Korgessaare_vallavalitsus, lk 53
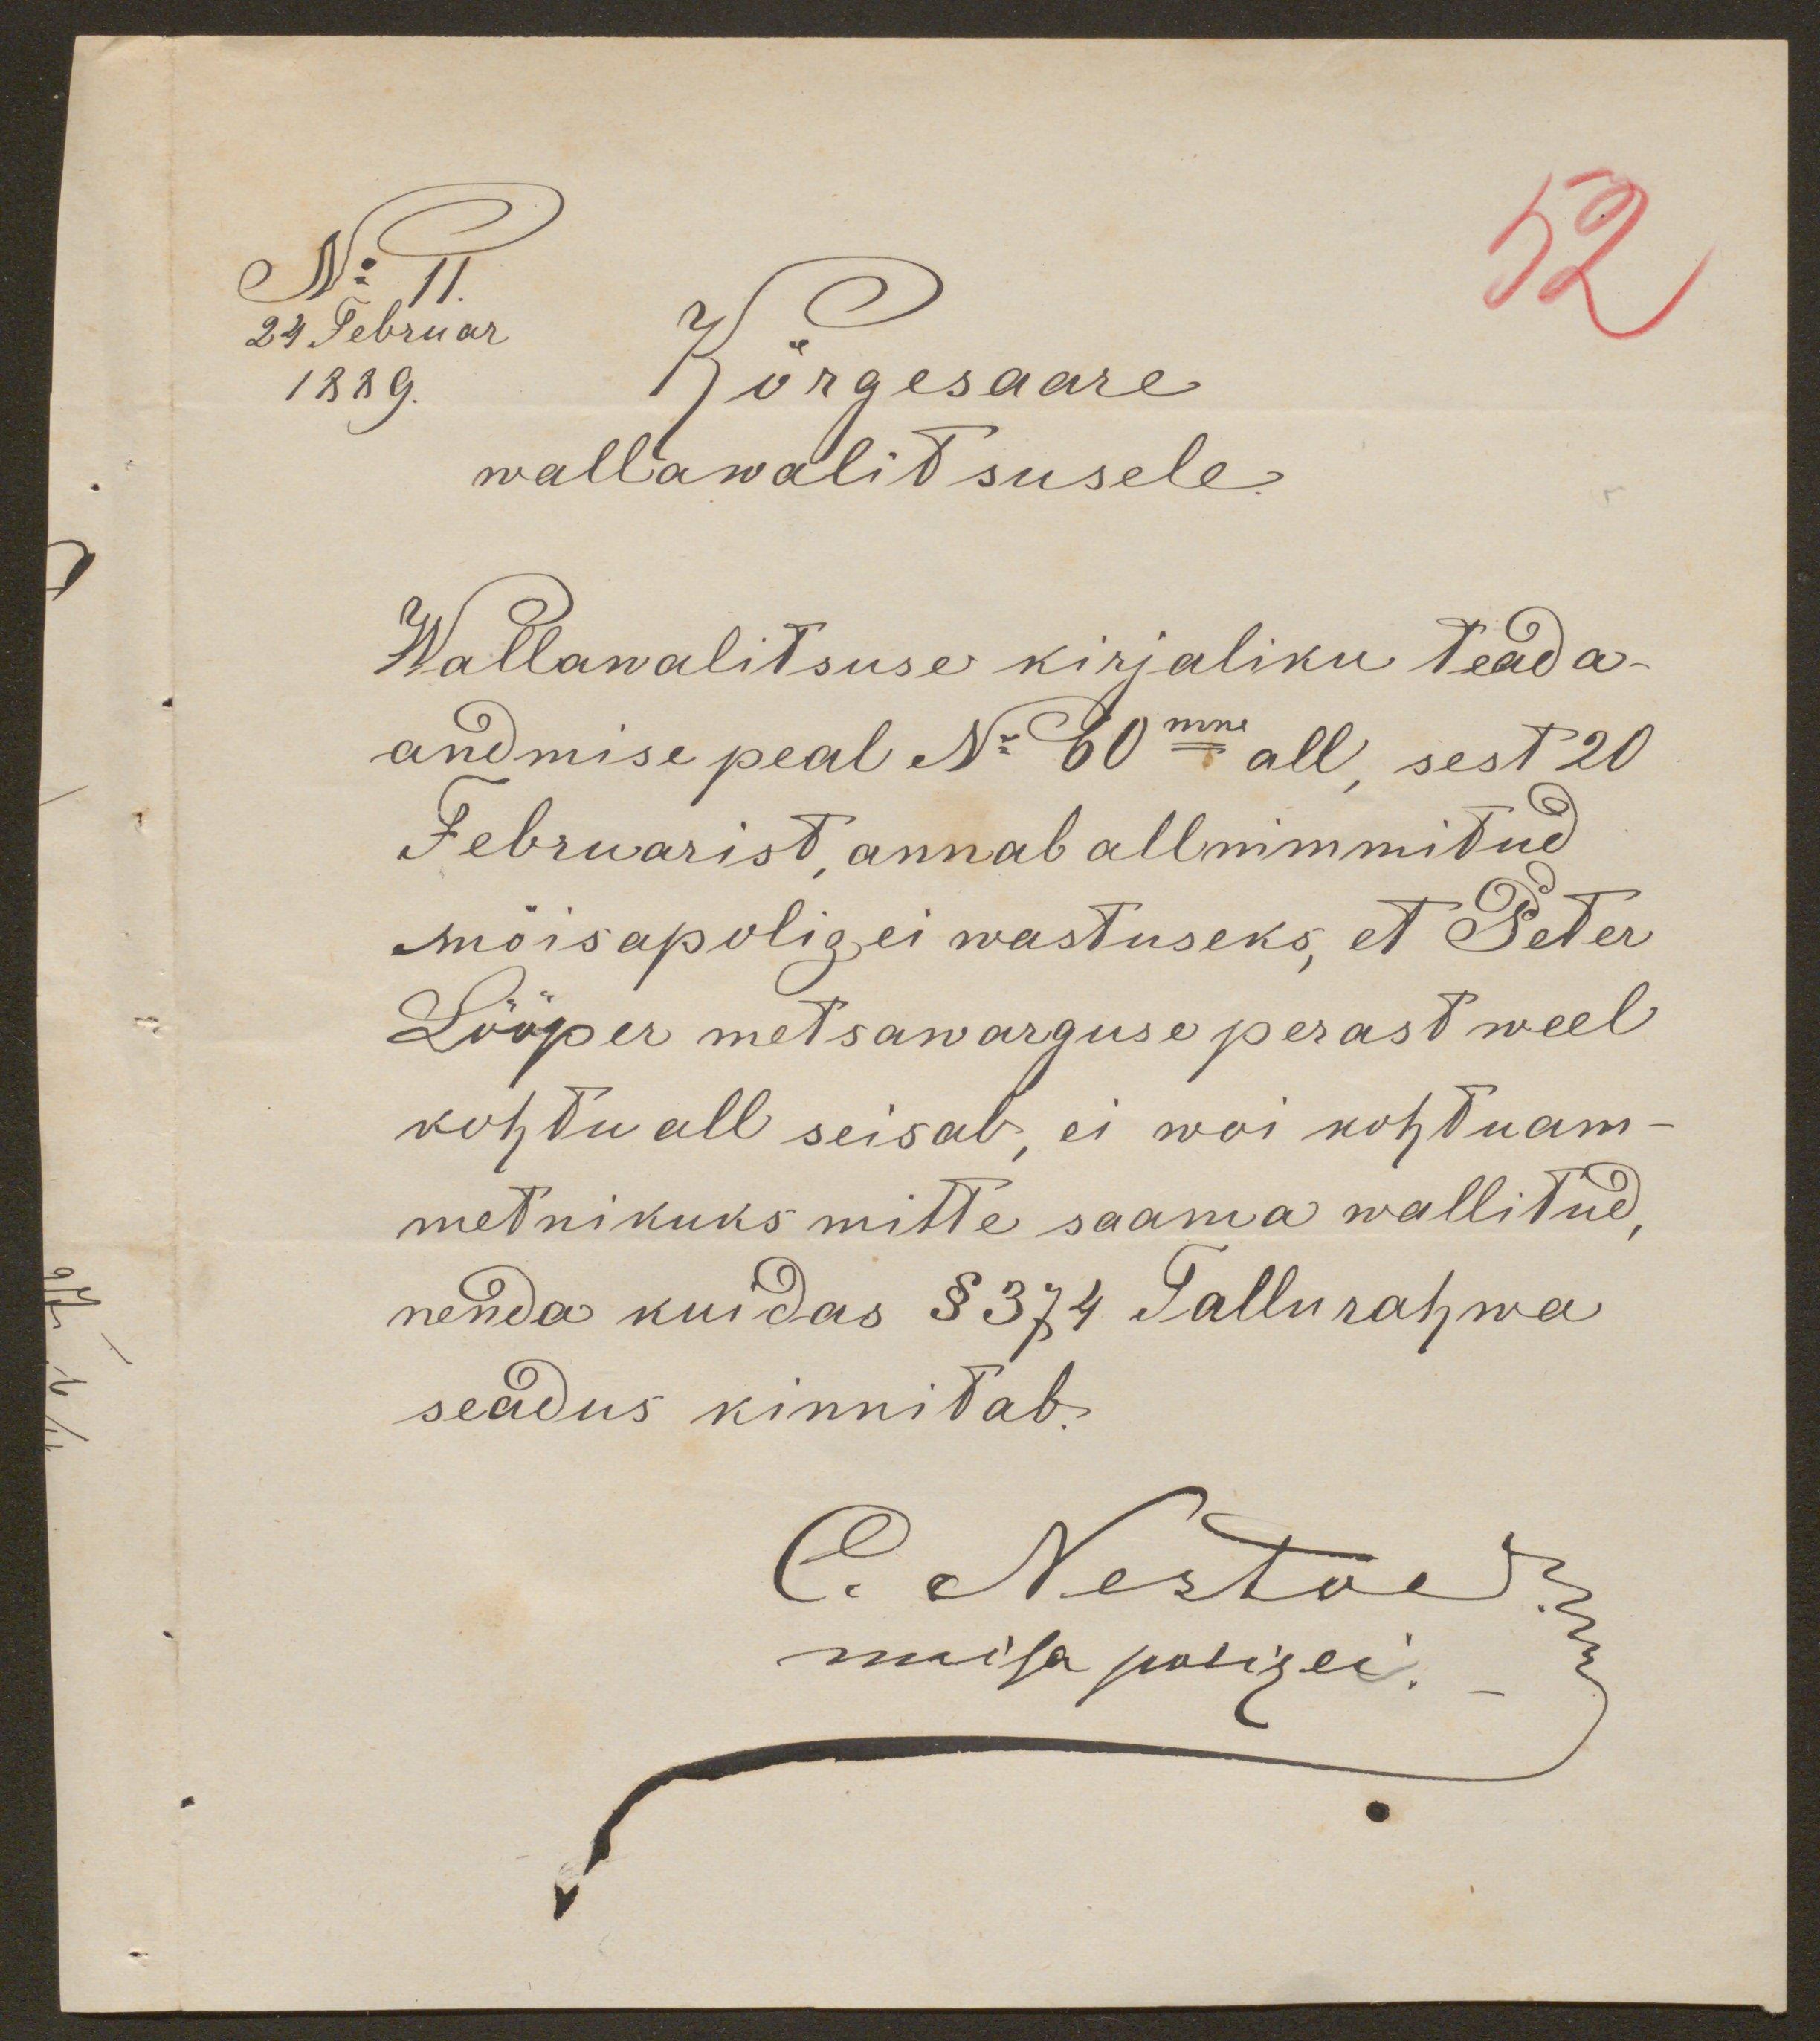
52
No 11.
24 Februar
Kõrgesaare
1889.
wallawalitsusele
Wallawalitsuse kirjaliku teada-
andmise peal No 60mne all, sest 20
Februarist, annab allnimmitud
mõisapolizei wastuseks, et Peter
Lööper metsawarguse perast weel
kohtu all seisab, ei woi kohtuam-
metnikuks mitte saama wallitud,
nenda kuidas § 374 Tallurahwa
seadus kinnitab.
C. Nestood.
moisa polizei.